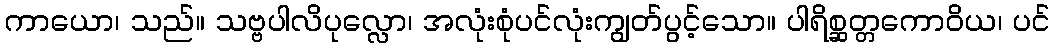
ကာယော၊ သည်။ သဗ္ဗပါလိပုလ္လော၊ အလုံးစုံပင်လုံးကျွတ်ပွင့်သော။ ပါရိစ္ဆတ္တကောဝိယ၊ ပင်